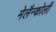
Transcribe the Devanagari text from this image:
मेलैन्कोली